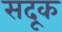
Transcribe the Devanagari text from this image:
सदूक